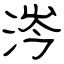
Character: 涔